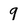
Character: 9